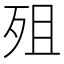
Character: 殂